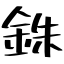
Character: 銖